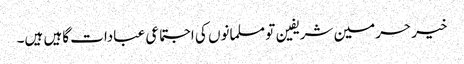
خیر حرمین شریفین تو مسلمانوں کی اجتماعی عبادات گاہیں ہیں۔